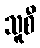
သူစီ